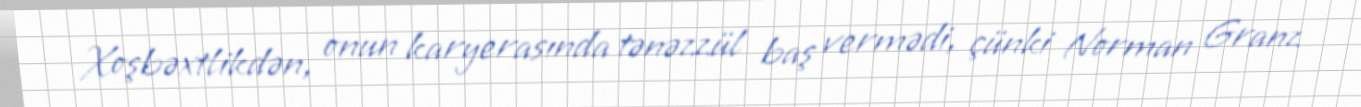
Xoşbəxtlikdən, onun karyerasında tənəzzül baş vermədi, çünki Norman Granz